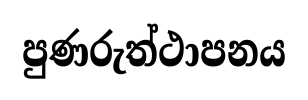
පුණරුත්ථාපනය